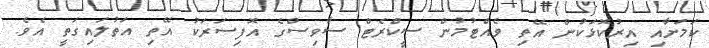
ކަމަށާއި އިރުކޮޅަކުން އޭތި ވެއްޓުމުން ސީކްރެޓް ސާވިސްގެ އޮފިސަރަކު އޭތި އަތުލައިގަތީ އެވެ.